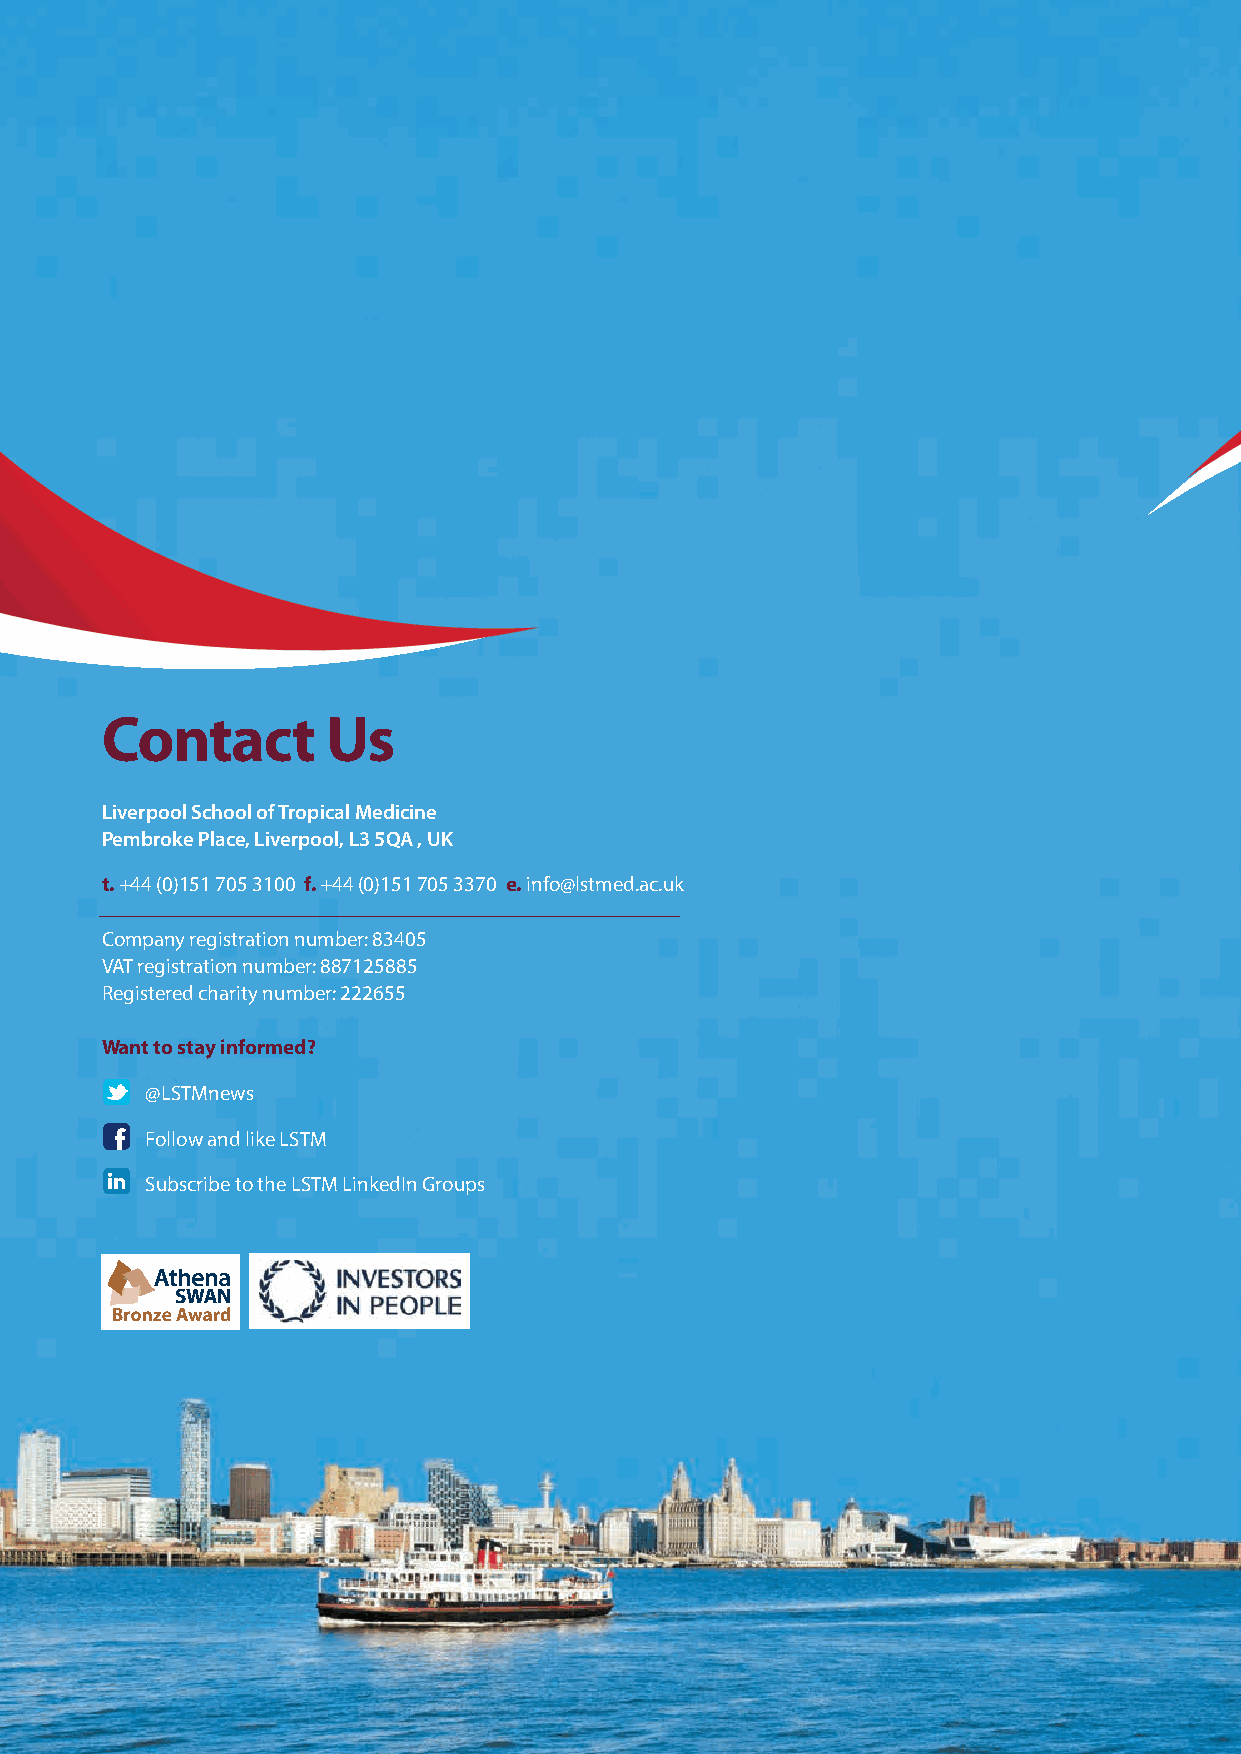
Contact        Us
 Liverpool School of Tropical Medicine
 Pembroke Place, Liverpool, L3 5QA , UK
 t. +44 (0)151 705 3100 f. +44 (0)151 705 3370 e. info@lstmed.ac.uk
 Company registration number: 83405
 VAT registration number: 887125885
 Registered charity number: 222655
 Want to stay informed?
 @LSTMnews
 Follow and like LSTM
 Subscribe to the LSTM LinkedIn Groups
 Liverpool
 School
 Of
 Tropical
 Medicine
 Annual
 Report
 2013/14